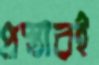
প্রস্তাবই